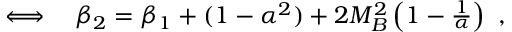
\begin{array} { r l } { \iff } & { { } \beta _ { 2 } = \beta _ { 1 } + ( 1 - \alpha ^ { 2 } ) + 2 M _ { B } ^ { 2 } \left( 1 - \frac { 1 } { \alpha } \right) \ , } \end{array}